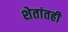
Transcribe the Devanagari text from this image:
शेतांतही